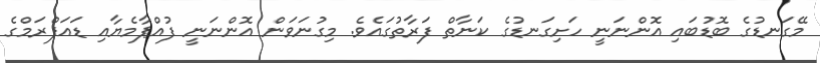
މޭގަނޑުގެ ބޮޑުބައި އޮންނަނީ ހަށިގަނޑުގެ ކަނާތް ފަރާތުގައެވެ. މިގުނަވަން އޮންނަނީ ފުއްޕާމެޔާއި ޑައަފްރަމްގެ